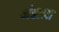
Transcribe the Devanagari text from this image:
अंडाला